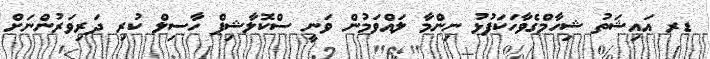
ޑރ އައިޝަތު ޝިހާމްގެވާހަކަފުޅު ނިންމާ ލައްވަމުން ވަނީ ސްކޮލާޝިޕް ހާސިލް ކުރި ދަރިވަރުންނަށް